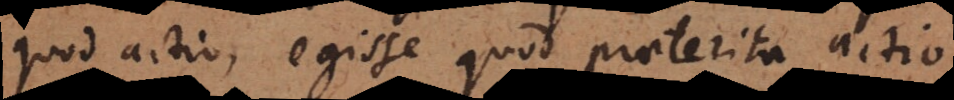
quod actio, egisse quod praeterita actio.